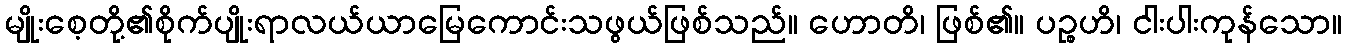
မျိုးစေ့တို့၏စိုက်ပျိုးရာလယ်ယာမြေကောင်းသဖွယ်ဖြစ်သည်။ ဟောတိ၊ ဖြစ်၏။ ပဉ္စဟိ၊ ငါးပါးကုန်သော။